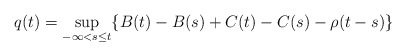
\begin{align*} q(t)=\sup_{-\infty<s\leq t}\{B(t)-B(s)+C(t)-C(s)-\rho(t-s)\}\end{align*}